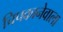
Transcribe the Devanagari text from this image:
चिपकानेवाला